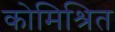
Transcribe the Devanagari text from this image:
कोमिश्रित